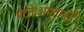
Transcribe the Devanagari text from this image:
पटते।अमृतातेही